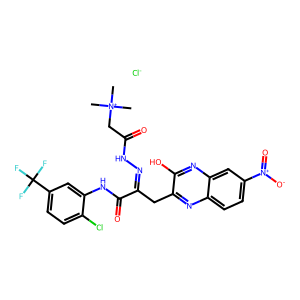
SMILES: C[N+](C)(C)CC(=O)NN=C(Cc1nc2ccc([N+](=O)[O-])cc2nc1O)C(=O)Nc1cc(C(F)(F)F)ccc1Cl.[Cl-]
Inhibits HIV replication: No